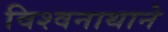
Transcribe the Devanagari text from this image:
विश्वनाथाने